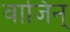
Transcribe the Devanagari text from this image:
वाजिन्